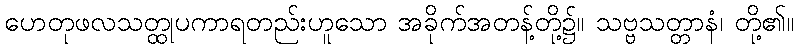
ဟေတုဖလသတ္ထုပကာရတည်းဟူသော အခိုက်အတန့်တို့၌။ သဗ္ဗသတ္တာနံ၊ တို့၏။